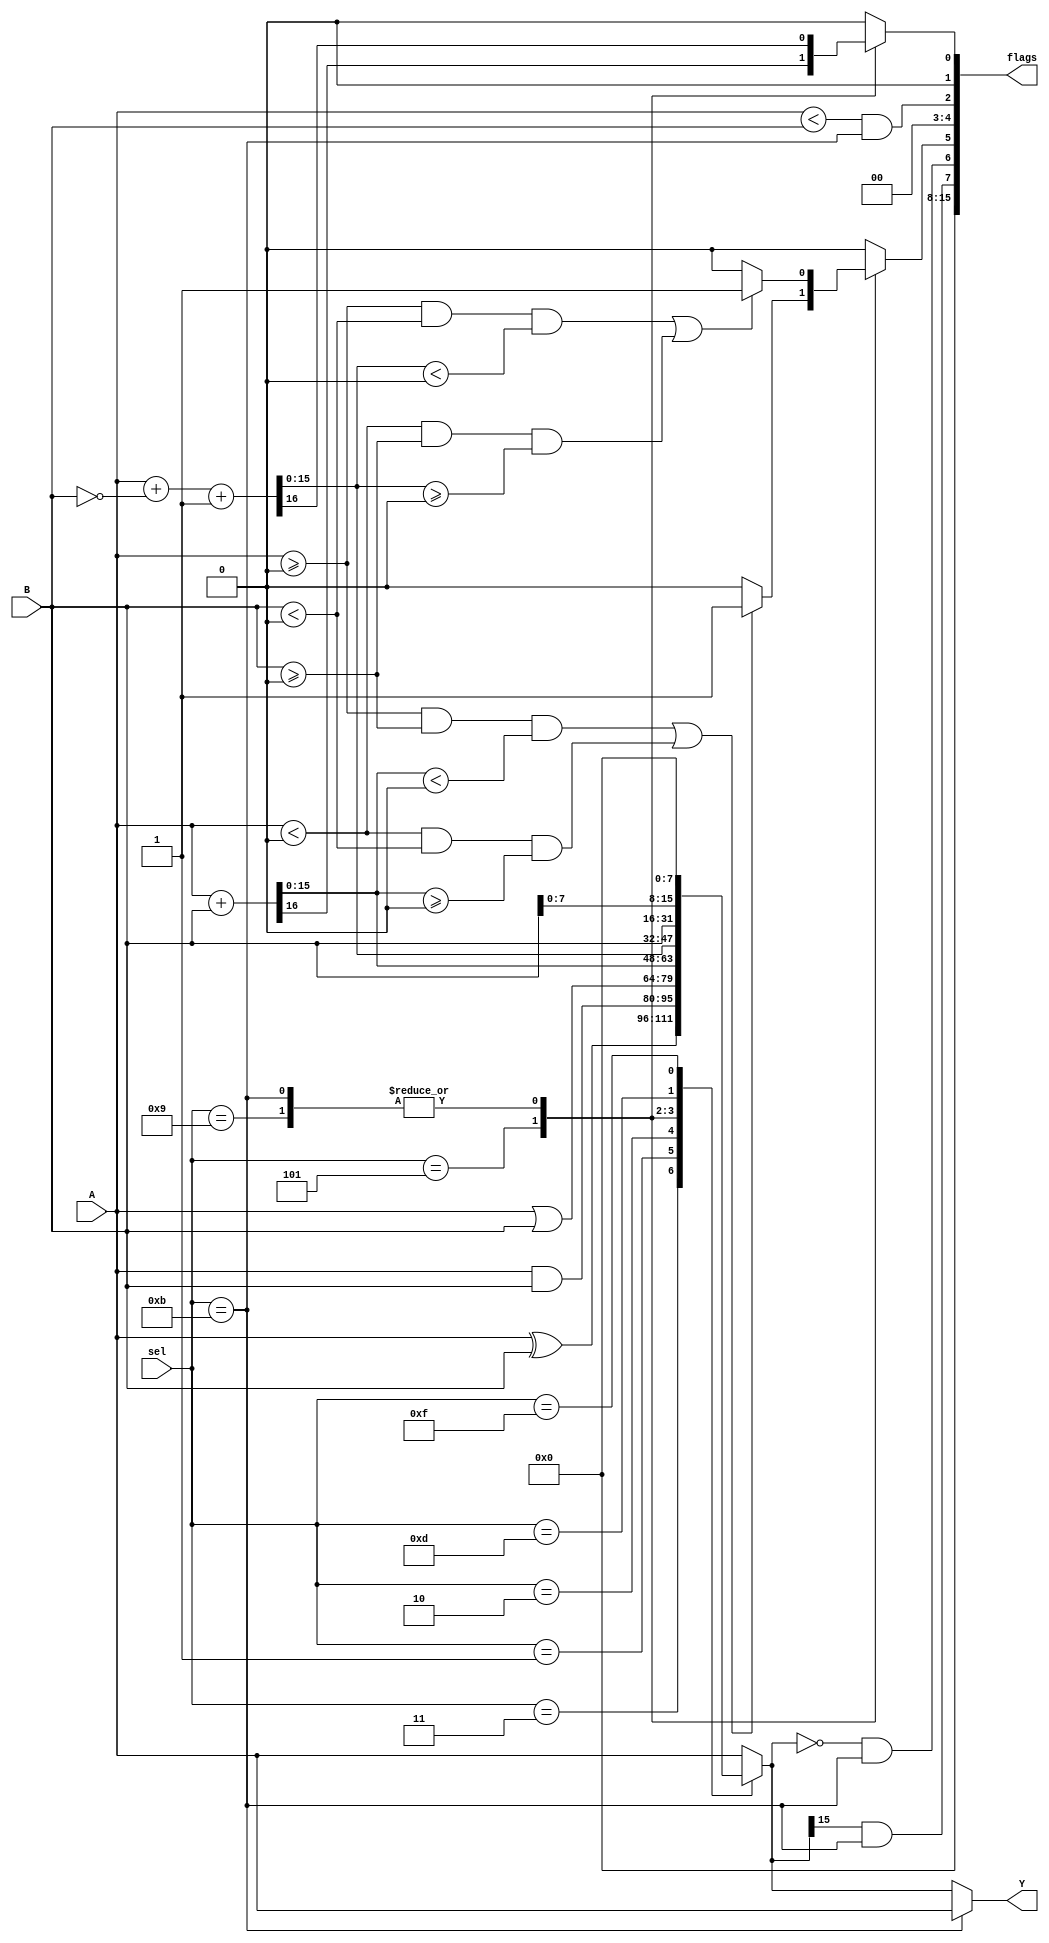
module alu_behav
	( output [15:0] Y,
	  output [15:0] flags,
	  input [15:0] A,
	  input [15:0] B,
	  input [3:0] sel
    );
	 reg [15:0] outreg;
	 reg [15:0] flagreg;
	 reg carry;
	 reg overflow;
	 always @(A, B, sel) begin
		flagreg = 0;
		carry = 0;
		overflow = 0;
		case(sel)
			4'b0011: begin						
							outreg = A ^ B;
						end
			4'b0001: begin						
							outreg = A & B;
						end
			4'b0010: begin						
							outreg = A | B;
						end
			4'b0101: begin						
							{carry, outreg} = A + B;
							overflow = (($signed(A) >= 0 && $signed(B) >= 0 && $signed(outreg) < 0) || ($signed(A) < 0 && $signed(B) < 0 && $signed(outreg) >= 0)) ? 1'b1 : 1'b0;
						end
			4'b1001, 
			4'b1011:	begin						
							{carry, outreg} = A + ~B + 1'b1;
							overflow = (($signed(A) >= 0 && $signed(B) < 0 && $signed(outreg) < 0) || ($signed(A) < 0 && $signed(B) >= 0 && $signed(outreg) >= 0)) ? 1'b1 : 1'b0;
						end
			4'b1101: begin						
							outreg = B;
						end
			4'b1111: begin						
							outreg = { B[7:0], {(8){1'b0}} };
						end
			default: begin 
							outreg = A;			
							flagreg = 0;
						end
		endcase
		flagreg[0] = carry;	
		flagreg[2] = (A < B) && (sel == 4'b1011);	
		flagreg[5] = overflow; 
		flagreg[6] = (outreg == 16'b0) && (sel == 4'b1011); 
		flagreg[7] = outreg[15] && (sel == 4'b1011); 
		if(sel == 4'b1011) begin
			outreg = A;
		end
	 end
	 assign Y = outreg;
	 assign flags = flagreg;
endmodule